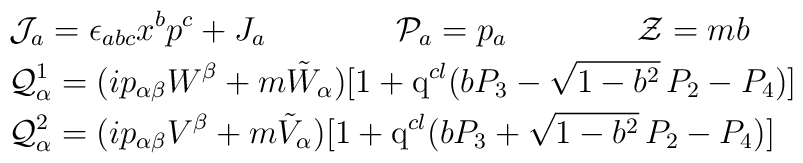
\begin{array}{l}\displaystyle{\cal J}_a=\epsilon_{abc}x^bp^c+J_a\qquad\qquad {\cal P}_a=p_a\qquad\qquad{\cal Z}=mb\\[1mm]\displaystyle{\cal Q}^1_\alpha=(ip_{\alpha\beta}W^\beta+m\tilde{W}_\alpha)[1+{\rm q}^{cl}(bP_3-\sqrt{1-b^2}\,P_2-P_4)] \\[1mm] \displaystyle{\cal Q}^2_\alpha=(ip_{\alpha\beta}V^\beta+m\tilde{V}_\alpha)[1+{\rm q}^{cl}(bP_3+\sqrt{1-b^2}\,P_2-P_4)]\end{array}